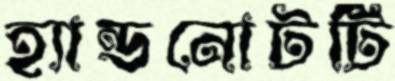
হ্যান্ডনোটটি